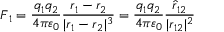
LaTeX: { \boldsymbol { F } } _ { 1 } = { \frac { q _ { 1 } q _ { 2 } } { 4 \pi \varepsilon _ { 0 } } } { \frac { { \boldsymbol { r } } _ { 1 } - { \boldsymbol { r } } _ { 2 } } { | { \boldsymbol { r } } _ { 1 } - { \boldsymbol { r } } _ { 2 } | ^ { 3 } } } = { \frac { q _ { 1 } q _ { 2 } } { 4 \pi \varepsilon _ { 0 } } } { \frac { { \boldsymbol { \hat { r } } } _ { 1 2 } } { | { \boldsymbol { r } } _ { 1 2 } | ^ { 2 } } }